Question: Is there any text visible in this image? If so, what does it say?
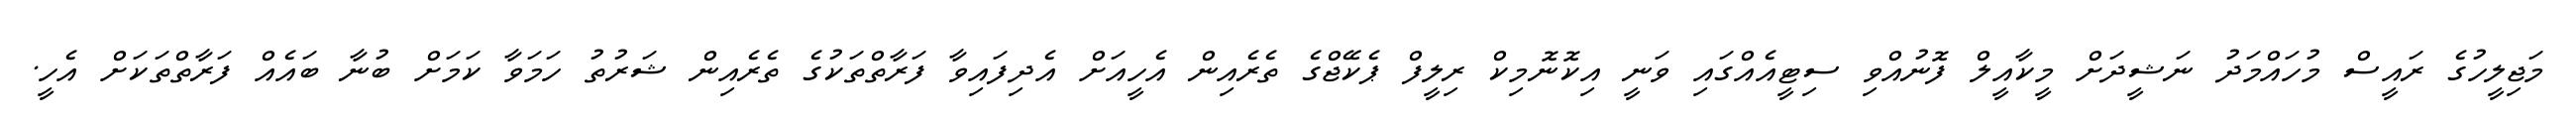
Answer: މަޖިލީހުގެ ރައީސް މުހައްމަދު ނަޝީދަށް މީކާއީލް ފޮނުއްވި ސިޓީއެއްގައި ވަނީ އިކޮނޮމިކް ރިލީފް ޕެކޭޖްގެ ތެރެއިން އެހީއަށް އެދިފައިވާ ފަރާތްތަކުގެ ތެރެއިން ޝަރުތު ހަމަވާ ކަމަށް ބުނާ ބައެއް ފަރާތްތަކަށް އެހީ.